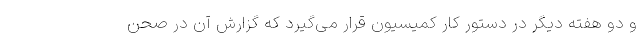
و دو هفته دیگر در دستور کار کمیسیون قرار می‌گیرد که گزارش آن در صحن